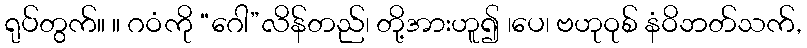
ရုပ်တွက်။ ။ ဂဝံကို “ဂေါ”လိန်တည်၊ တို့အားဟူ၍ ၊ပေ၊ ဗဟုဝုစ် နံဝိဘတ်သက်,